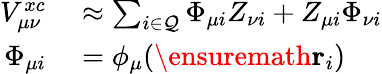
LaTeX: \begin{array}{rl}{V_{\mu\nu}^{xc}}&{{}\approx\sum_{i\in\mathcal{Q}}\Phi_{\mu i}Z_{\nu i}+Z_{\mu i}\Phi_{\nu i}}\\ {\Phi_{\mu i}}&{{}=\phi_{\mu}(\ensuremath\mathbf{r}_{i})}\end{array}